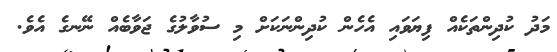
މަދު ކުދިންތަކެއް ފިޔަވައި އެހެން ކުދިންނަކަށް މި ސުވާލުގެ ޖަވާބެއް ނޭނގެ އެވެ.